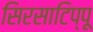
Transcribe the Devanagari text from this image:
सिरसाटिप्पू